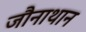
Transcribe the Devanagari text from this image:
जौनाथान